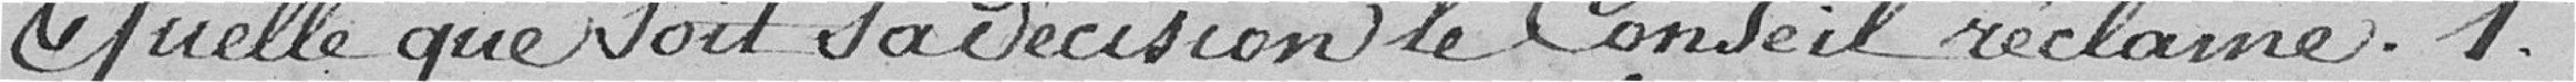
Quelle que soit sa décision, le conseil réclame : 1